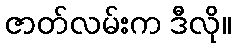
ဇာတ်လမ်းက ဒီလို။